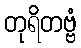
တုရိတဗ္ဗံ